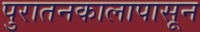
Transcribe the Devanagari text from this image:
पुरातनकालापासून